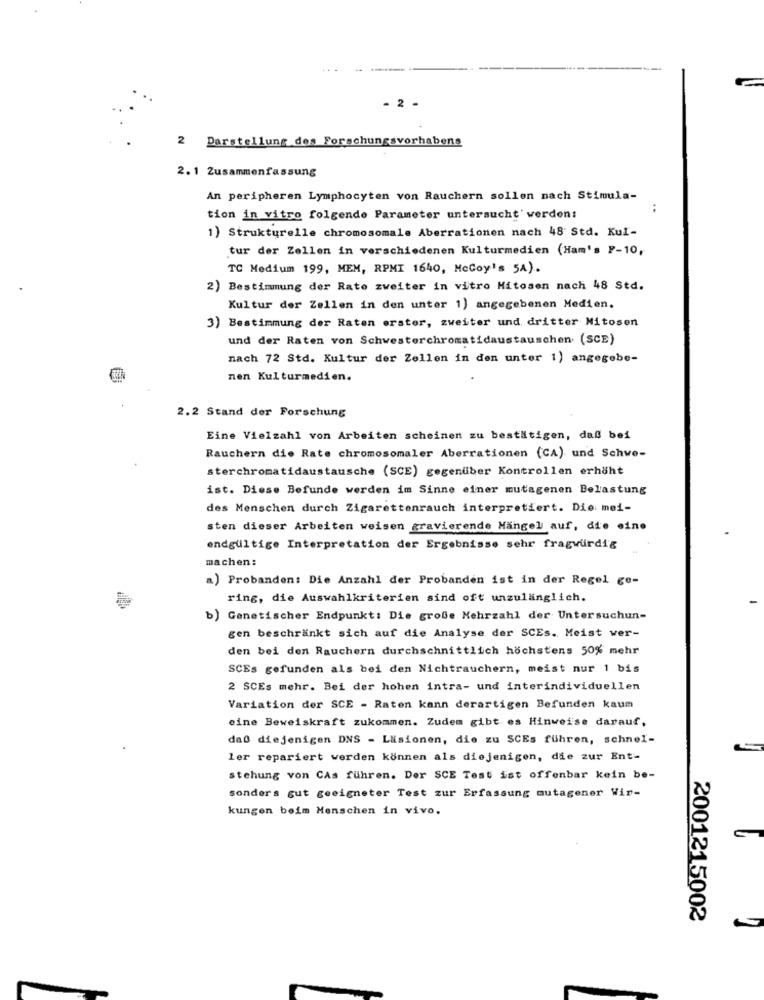
- 2 -
2 Darstellung des Forschungsvorhabens
2.1 Zusammenfassung
An peripheren Lymphocyten von Rauchern sollen nach Stimula-
..
tion in vitro folgende Parameter untersucht' werden:
1) Strukturelle chromosomale Aberrationen nach 48 Std. Kul-
tur der Zellen in verschiedenen Kulturmedien (Ham's F-10,
TC Medium 199, MEM, RPMI 1640, McCoy's 5A).
2) Bestimmung der Rate zweiter in vitro Hitosen nach 48 Std.
Kultur der Zellen in den unter 1) angegebenen Medien.
3) Bestimmung der Raten erster, zweiter und dritter Mitosen
und der Raten von Schwesterchromatidaustauschen (SCE)
nach 72 Std. Kultur der Zellen in den unter 1) angegebe-
nen Kulturmedien.
2.2 Stand der Forschung
Eine Vielzahl von Arbeiten scheinen zu bestätigen, daß bei
Rauchern die Rate chromosomaler Aberrationen (CA) und Schwe-
sterchromatidaustausche (SCE) gegenüber Kontrollen erhöht
ist. Diese Befunde werden im Sinne einer mutagenen Belastung
des Menschen durch Zigarettenrauch interpretiert. Die mei-
sten dieser Arbeiten weisen gravierende Mangel auf, die eine
endgültige Interpretation der Ergebnisse sehr fragwürdig
machen:
a) Probanden: Die Anzahl der Probanden ist in der Regel ge-
ring, die Auswahlkriterien sind oft unzulänglich.
b) Genetischer Endpunkt: Die große Mehrzahl der Untersuchun-
gen beschränkt sich auf die Analyse der SCEs. Meist ver-
den bei den Rauchern durchschnittlich höchstens 50% mehr
SCEs gefunden als bei den Nichtrauchern, meist nur 1 bis
2 SCEs mehr. Bei der hohen intra- und interindividuellen
Variation der SCE - Raten kann derartigen Befunden kaum
eine Beweiskraft zukommen. Zudem gibt es Hinweise darauf,
daß diejenigen DNS - Lisionen, die zu SCEs führen, schnel-
ler repariert werden können als diejenigen, die zur Ent-
stehung von CAs führen. Der SCE Test ist offenbar kein be-
sonders gut geeigneter Test zur Erfassung mutagener Wir-
kungen beim Menschen in vivo.
2001215002